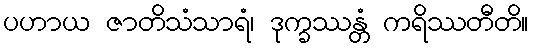
ပဟာယ ဇာတိသံသာရံ၊ ဒုက္ခဿန္တံ ကရိဿတီတိ။